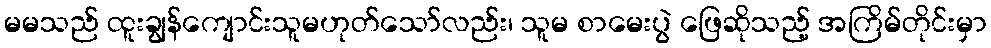
မမသည် ထူးချွန်ကျောင်းသူမဟုတ်သော်လည်း၊ သူမ စာမေးပွဲ ဖြေဆိုသည့် အကြိမ်တိုင်းမှာ